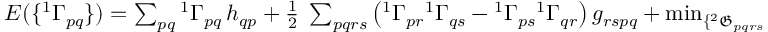
\begin{array} { r } { E ( \{ ^ { 1 } \Gamma _ { p q } \} ) = \sum _ { p q } { ^ { 1 } \Gamma } _ { p q } \, h _ { q p } + \frac { 1 } { 2 } \; \sum _ { p q r s } \left( { ^ { 1 } \Gamma _ { p r } } { ^ { 1 } \Gamma _ { q s } } - { ^ { 1 } \Gamma _ { p s } } { ^ { 1 } \Gamma _ { q r } } \right) g _ { r s p q } + \operatorname* { m i n } _ { \{ { ^ { 2 } \mathfrak { G } _ { p q r s } } \} \to \{ ^ { 1 } \Gamma _ { p q } \} } \; \sum _ { p q r s } { ^ { 2 } \mathfrak { G } _ { p q r s } } \, g _ { r s p q } \, , } \end{array}